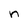
Character: n